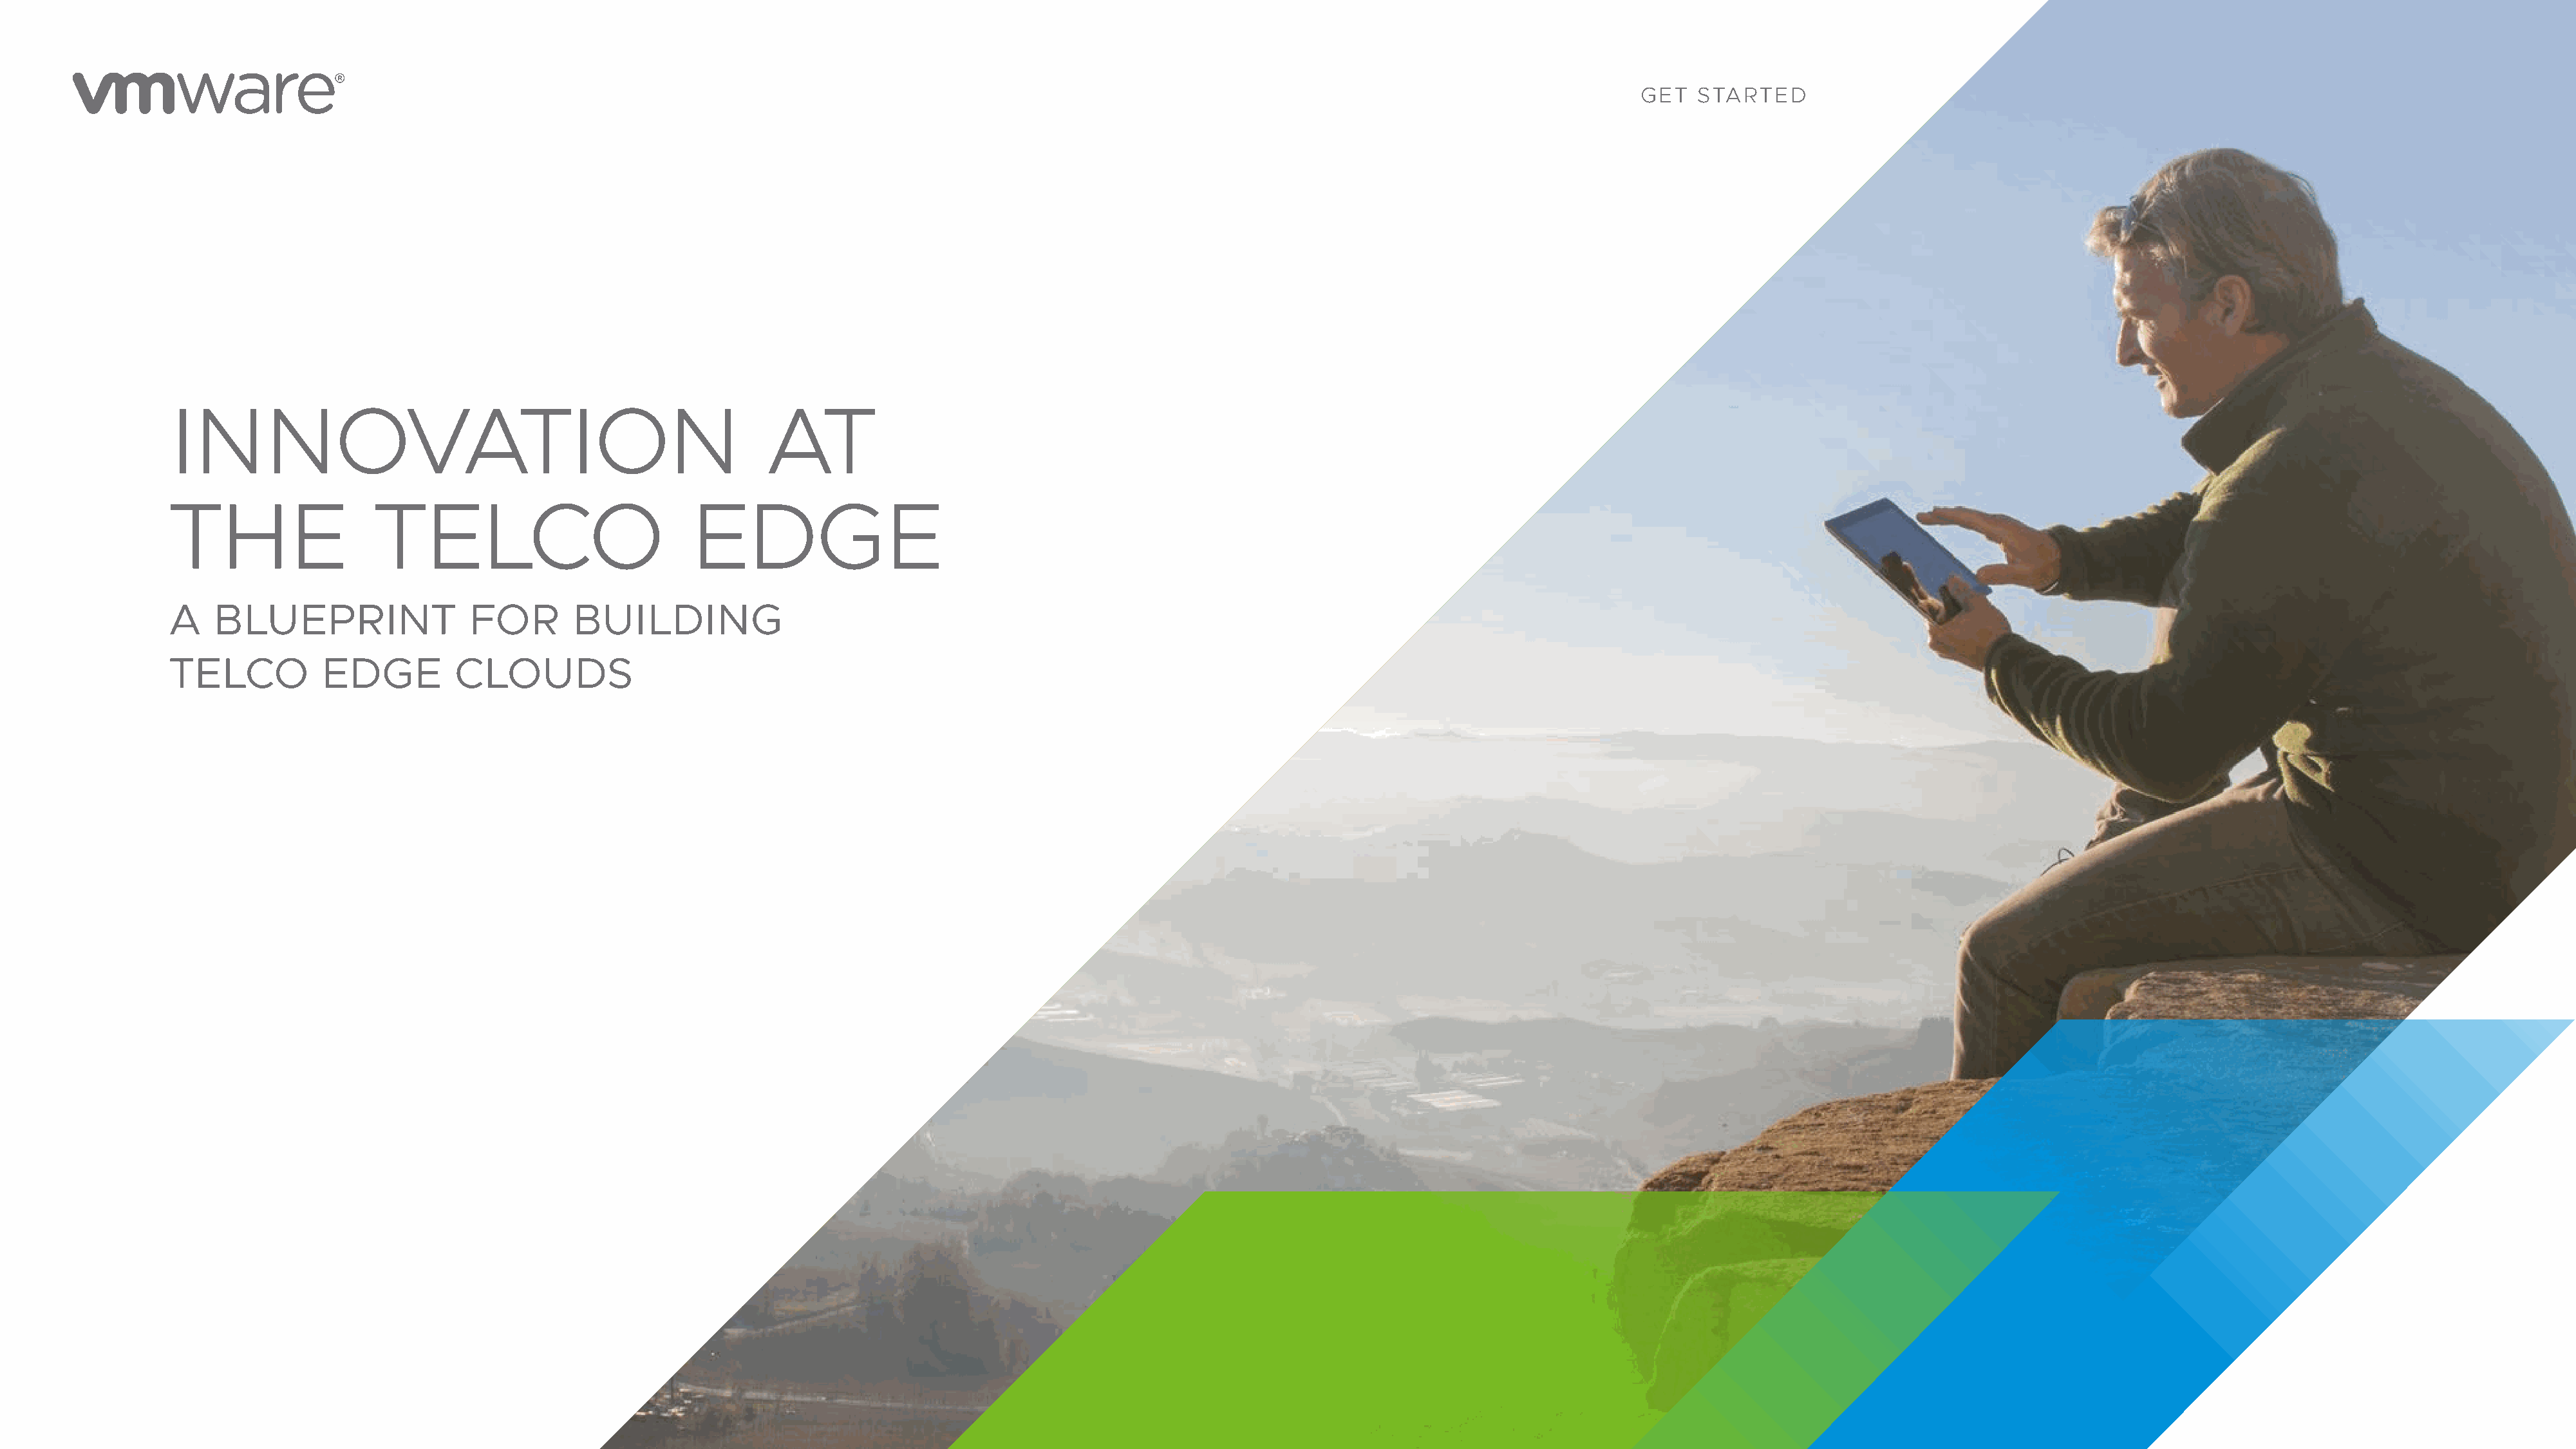
GET   STARTED
 INNOVATION                                                    AT
 THE                  TELCO                            EDGE
 A    BLUEPRINT                 FOR        BUILDING
 TELCO           EDGE          CLOUDS